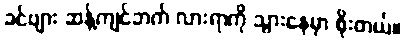
ခင်ဗျား ဆန့်ကျင်ဘက် လားရာကို သွားနေမှာ စိုးတယ်။